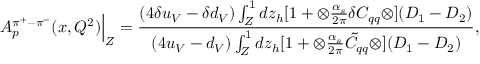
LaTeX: A _ { p } ^ { \pi ^ { + } - \pi ^ { - } } ( x , Q ^ { 2 } ) { \Bigl | } _ { Z } = \frac { ( 4 \delta u _ { V } - \delta d _ { V } ) \int _ { Z } ^ { 1 } d z _ { h } [ 1 + \otimes \frac { \alpha _ { s } } { 2 \pi } \delta C _ { q q } \otimes ] ( D _ { 1 } - D _ { 2 } ) } { ( 4 u _ { V } - d _ { V } ) \int _ { Z } ^ { 1 } d z _ { h } [ 1 + \otimes \frac { \alpha _ { s } } { 2 \pi } \tilde { C } _ { q q } \otimes ] ( D _ { 1 } - D _ { 2 } ) } ,